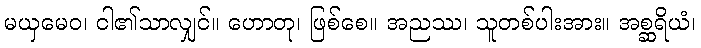
မယှမေဝ၊ ငါ၏သာလျှင်။ ဟောတု၊ ဖြစ်စေ။ အညဿ၊ သူတစ်ပါးအား။ အစ္ဆရိယံ၊